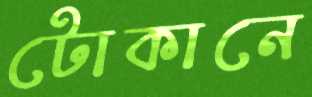
টোকানে